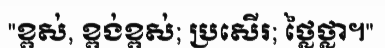
"ខ្ពស់, ខ្ពង់ខ្ពស់; ប្រសើរ; ថ្លៃថ្លា។"